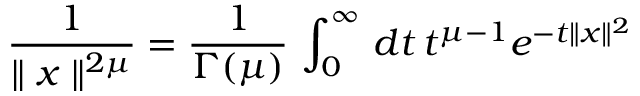
\frac { 1 } { \parallel x \parallel ^ { 2 \mu } } = \frac { 1 } { \Gamma ( \mu ) } \, \int _ { 0 } ^ { \infty } \, d t \, t ^ { \mu - 1 } e ^ { - t \parallel x \parallel ^ { 2 } }